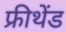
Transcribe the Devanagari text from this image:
फ्रीथेंड